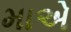
માએ